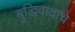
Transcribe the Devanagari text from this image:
बुद्धिवादाचे